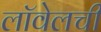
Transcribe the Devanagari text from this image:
लॉवेलची